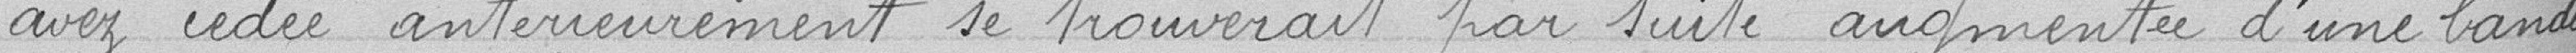
avez cédée antérieurement se trouverait par suite augmentée d'une bande